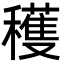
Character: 穫